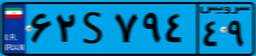
۲۸S۲۰۷۱۶